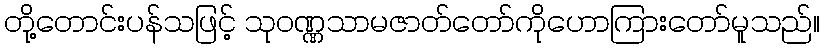
တို့တောင်းပန်သဖြင့် သုဝဏ္ဏသာမဇာတ်တော်ကိုဟောကြားတော်မူသည်။